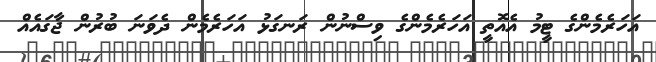
އަހަރެމެންގެ ޓީމު އެއޮތީ އަހަރެމެންގެ ވިސްނުން ރަނގަޅު އަހަރެމެން ދެވަނަ ބުރުން ޖާގައެއް